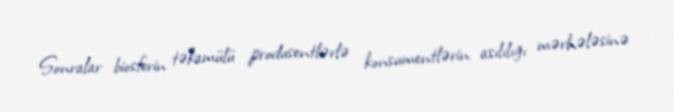
Sonralar biosferin təkamülü produsentlərlə konsumentlərin asılılığı mərhələsinə